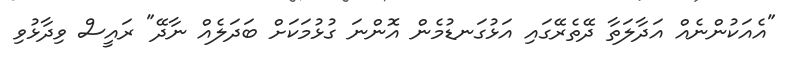
"އެއަކުންނެއް އަދާލަތާ ދޭތެރޭގައި އަޅުގަނޑުމެން އޮންނަ ގުޅުމަކަށް ބަދަލެއް ނާދޭ" ރައީސް ވިދާޅުވި